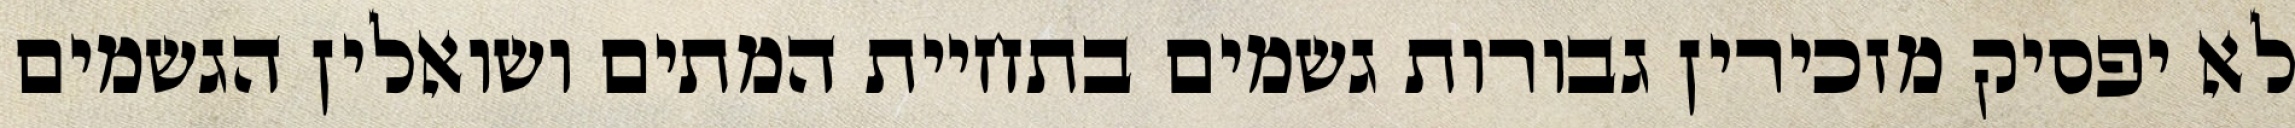
לא יפסיק מזכירין גבורות גשמים בתחיית המתים ושואלין הגשמים